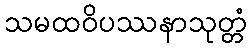
သမထဝိပဿနာသုတ္တံ